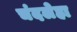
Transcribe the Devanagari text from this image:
चंदलेहा